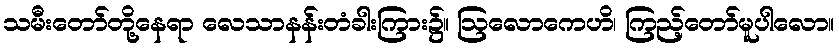
သမီးတော်တို့နေရာ လေသာနန်းတံခါးကြား၌။ ဩလောကေဟိ၊ ကြည့်တော်မူပါလော။